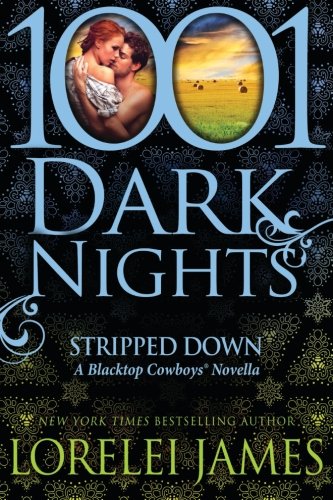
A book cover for Stripped Down: A Blacktop Cowboys Novella (1001 Dark Nights); Lorelei James; Romance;